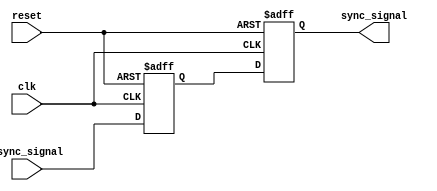
module signal_level_crossing_synchronizer (
    input wire clk,           // Target clock domain (Receiver Clock)
    input wire async_signal,  // Asynchronous input signal
    input wire reset,         // Asynchronous reset signal (optional)
    output reg sync_signal     // Synchronized output signal
);

// Internal signals for the dual flip-flop stages
reg ff1_out;  // Output of the first flip-flop

// Dual Flip-Flop Synchronizer
always @(posedge clk or posedge reset) begin
    if (reset) begin
        ff1_out <= 1'b0;    // Reset the flip-flop output
        sync_signal <= 1'b0; // Reset the synchronized output
    end else begin
        ff1_out <= async_signal; // Sample the asynchronous signal
        sync_signal <= ff1_out;   // Provide a clean output from the second flip-flop
    end
end

endmodule